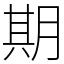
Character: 期